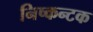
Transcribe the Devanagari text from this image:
निष्कन्टक